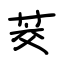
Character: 茭